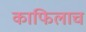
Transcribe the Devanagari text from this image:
काफिलाच